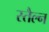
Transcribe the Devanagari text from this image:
स्तैल्न